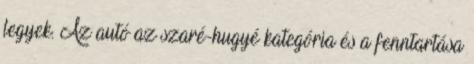
legyek. Az autó az szaré-hugyé kategória és a fenntartása